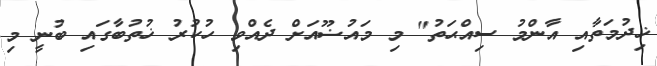
ޚިދުމަތާއި އާންމު ސިއްޙަތު" މި މައުޟޫއަށް ދެއްވި ހުކުރު ޚުތުބާގައި ބުނީ މި